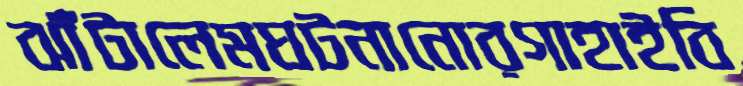
ঝাঁটালেমঘটনানোরগাহাইবি